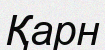
Қарн